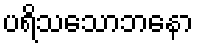
ပရိသသောဘနော